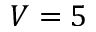
V = 5